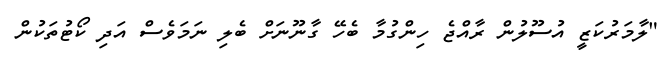
"ލާމަރުކަޒީ އުސޫލުން ރާއްޖެ ހިންގުމާ ބެހޭ ގާނޫނަށް ބެލި ނަމަވެސް އަދި ކޯޓުތަކުން